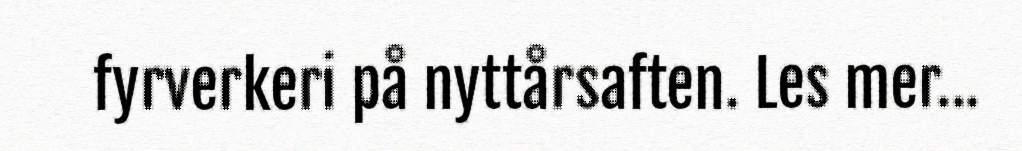
fyrverkeri på nyttårsaften. Les mer...